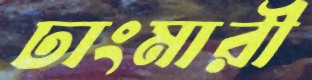
ঢাংমারী